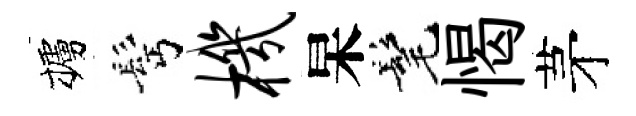
櫨髩机杲髦愒茅